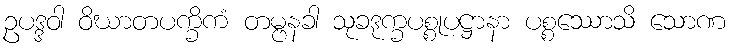
ဥပဒ္ဒဝါ ဝိဃာတပက္ခိကံ တမ္ဗနခါ သုခဒုက္ခပစ္စုပဋ္ဌာနာ ပစ္စဿောသိ သောဏ